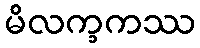
မိလက္ခကဿ